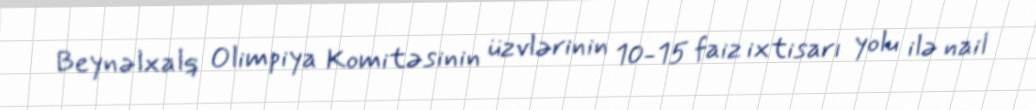
Beynəlxalq Olimpiya Komitəsinin üzvlərinin 10-15 faiz ixtisarı yolu ilə nail